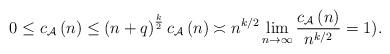
LaTeX: \begin{align*}0\leq c_{\mathcal{A}}\left( n\right) \leq\left( n+q\right) ^{\frac{k}{2}}c_{\mathcal{A}}\left( n\right) \asymp n^{k/2}\lim_{n\rightarrow\infty}\frac{c_{\mathcal{A}}\left( n\right) }{n^{k/2}}=1).\end{align*}